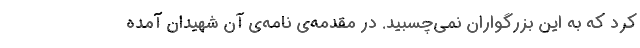
کرد که به این بزرگواران نمی‌چسبید. در مقدمه‌ی نامه‌ی آن شهیدان آمده